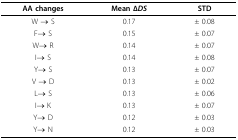
<table><thead><tr><td><b>AA changes</b></td><td><b>Mean Δ<i>DS</i></b></td><td><b>STD</b></td></tr></thead><tbody><tr><td>W → S</td><td>0.17</td><td>± 0.08</td></tr><tr><td>F→ S</td><td>0.15</td><td>± 0.07</td></tr><tr><td>W→ R</td><td>0.14</td><td>± 0.07</td></tr><tr><td>I→ S</td><td>0.14</td><td>± 0.08</td></tr><tr><td>Y→ S</td><td>0.13</td><td>± 0.07</td></tr><tr><td>V → D</td><td>0.13</td><td>± 0.02</td></tr><tr><td>L→ S</td><td>0.13</td><td>± 0.06</td></tr><tr><td>I→ K</td><td>0.13</td><td>± 0.07</td></tr><tr><td>Y→ D</td><td>0.12</td><td>± 0.03</td></tr><tr><td>Y→ N</td><td>0.12</td><td>± 0.03</td></tr></tbody></table>